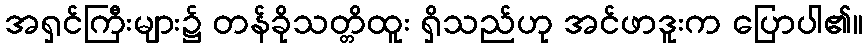
အရှင်ကြီးများ၌ တန်ခိုသတ္တိထူး ရှိသည်ဟု အင်ဖာဒူးက ပြောပါ၏။